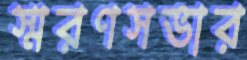
স্মরণসভার